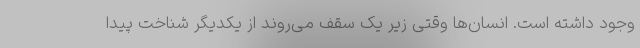
وجود داشته است. انسان‌ها وقتی زیر یک سقف می‌روند از یکدیگر شناخت پیدا